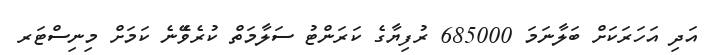
އަދި އަހަރަކަށް ބަލާނަމަ 685000 ރުފިޔާގެ ކަރަންޓު ސަލާމަތް ކުރެވެޭނެ ކަމަށް މިނިސްޓަރ